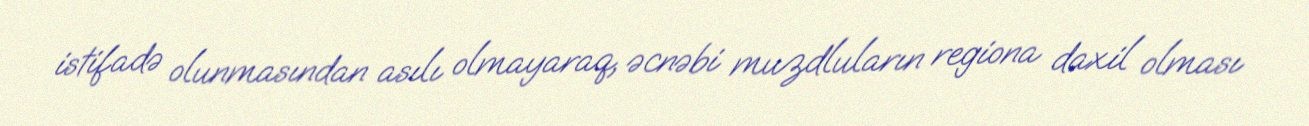
istifadə olunmasından asılı olmayaraq, əcnəbi muzdluların regiona daxil olması